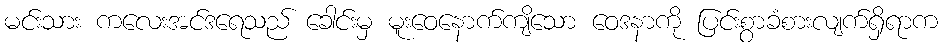
မင်းသား ကလေးအင်ဒရေသည် ခေါင်းမှ မူးဝေနောက်ကျိသော ဝေဒနာကို ပြင်းစွာခံစားလျက်ရှိရာက